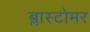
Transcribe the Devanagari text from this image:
ब्लास्टोमर